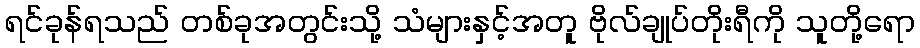
ရင်ခုန်ရသည် တစ်ခုအတွင်းသို့ သံများနှင့်အတူ ဗိုလ်ချုပ်တိုးရီကို သူတို့ရော